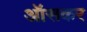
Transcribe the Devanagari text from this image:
ऑसकर